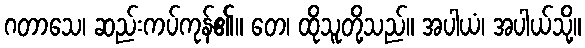
ဂတာသေ၊ ဆည်းကပ်ကုန်၏။ တေ၊ ထိုသူတို့သည်။ အပါယံ၊ အပါယ်သို့။